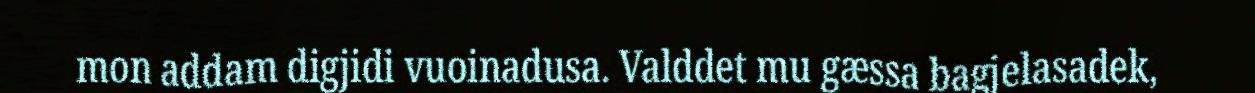
mon addam digjidi vuoinadusa. Valddet mu gæssa bagjelasadek,